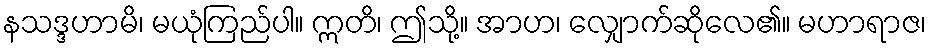
နသဒ္ဒဟာမိ၊ မယုံကြည်ပါ။ ဣတိ၊ ဤသို့။ အာဟ၊ လျှောက်ဆိုလေ၏။ မဟာရာဇ၊